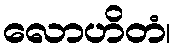
လောဟိတံ၊